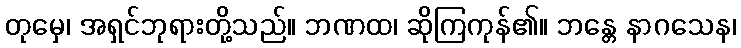
တုမှေ၊ အရှင်ဘုရားတို့သည်။ ဘဏထ၊ ဆိုကြကုန်၏။ ဘန္တေ နာဂသေန၊